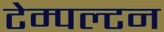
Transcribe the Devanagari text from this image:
टेम्पल्टन